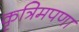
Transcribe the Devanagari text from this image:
कृत्रिमपणा